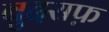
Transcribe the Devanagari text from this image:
बुदसफ़